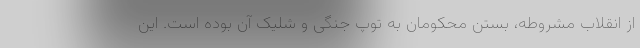
از انقلاب مشروطه، بستن محکومان به توپ جنگی و شلیک آن بوده است. این